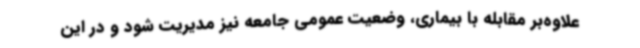
علاوه‌بر مقابله با بیماری، وضعیت عمومی جامعه نیز مدیریت شود و در این